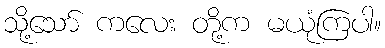
သို့သော် ကလေး တို့က မယုံကြပါ။